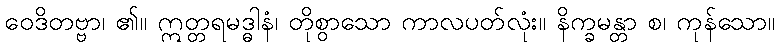
ဝေဒိတဗ္ဗာ၊ ၏။ ဣတ္တရမဒ္ဓါနံ၊ တိုစွာသော ကာလပတ်လုံး။ နိက္ခမန္တာ စ၊ ကုန်သော။